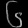
Digit: ၆